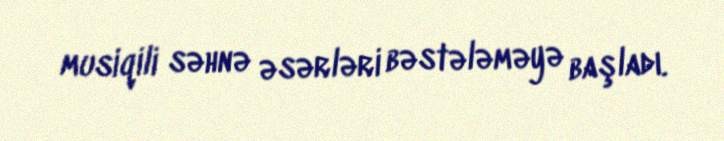
musiqili səhnə əsərləri bəstələməyə başladı.